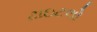
ટાઇટલો